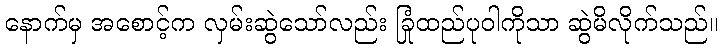
နောက်မှ အစောင့်က လှမ်းဆွဲသော်လည်း ခြုံထည်ပုဝါကိုသာ ဆွဲမိလိုက်သည်။